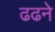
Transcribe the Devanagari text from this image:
ढढने